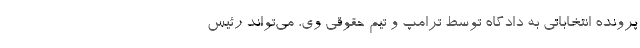
پرونده انتخاباتی به دادگاه توسط ترامپ و تیم حقوقی وی، می‌تواند رئیس